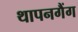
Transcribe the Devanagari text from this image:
थापनगैंग